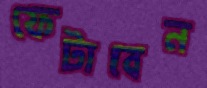
ফেটাবেন